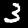
Digit: 3